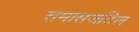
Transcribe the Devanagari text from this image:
समासजटिल